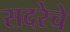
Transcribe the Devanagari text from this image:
सदरेचे